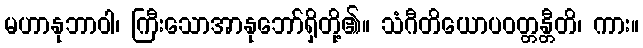
မဟာနုဘာဝါ၊ ကြီးသောအာနုဘော်ရှိတို့၏။ သံဂီတိယောပဝတ္တန္တီတိ၊ ကား။